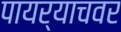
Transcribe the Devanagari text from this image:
पायर्याचवर